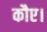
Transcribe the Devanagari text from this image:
कौए।